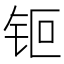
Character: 钷